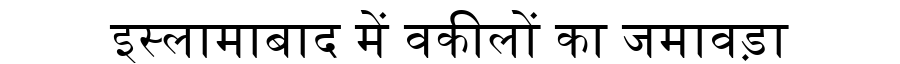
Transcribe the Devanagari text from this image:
इस्लामाबाद में वकीलों का जमावड़ा